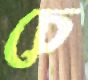
চে